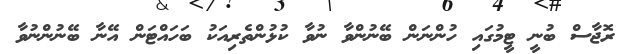
ރޮޖާސް ބުނީ ޓީމުގައި ހުންނަން ބޭނުންވާ ނުވާ ކުޅުންތެރިއަކު ބަހައްޓަން އޭނާ ބޭނުންނުވާ